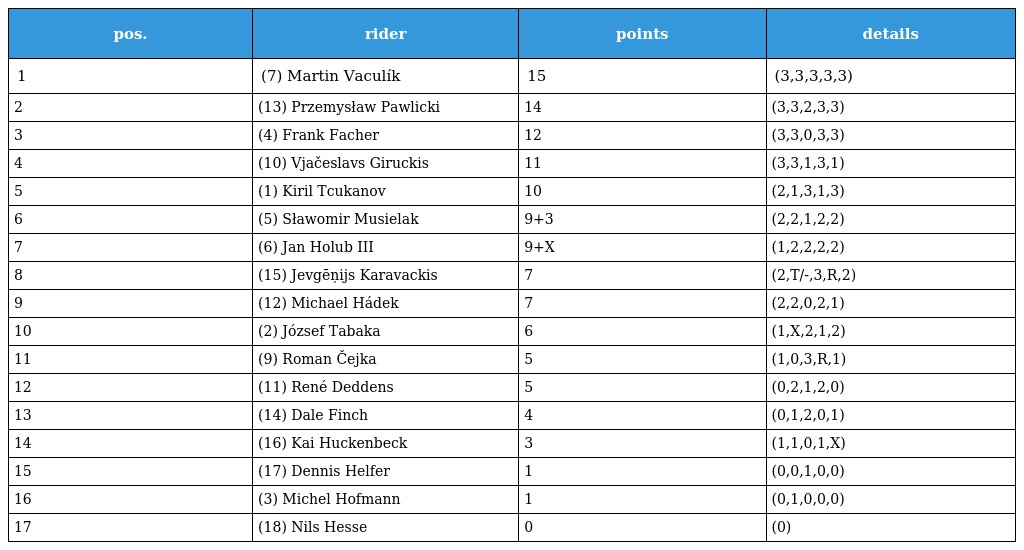
| pos. | rider | points | details |
 | --- | --- | --- | --- |
 | 1 | (7) Martin Vaculík | 15 | (3,3,3,3,3) |
 | 2 | (13) Przemysław Pawlicki | 14 | (3,3,2,3,3) |
 | 3 | (4) Frank Facher | 12 | (3,3,0,3,3) |
 | 4 | (10) Vjačeslavs Giruckis | 11 | (3,3,1,3,1) |
 | 5 | (1) Kiril Tcukanov | 10 | (2,1,3,1,3) |
 | 6 | (5) Sławomir Musielak | 9+3 | (2,2,1,2,2) |
 | 7 | (6) Jan Holub III | 9+X | (1,2,2,2,2) |
 | 8 | (15) Jevgēņijs Karavackis | 7 | (2,T/-,3,R,2) |
 | 9 | (12) Michael Hádek | 7 | (2,2,0,2,1) |
 | 10 | (2) József Tabaka | 6 | (1,X,2,1,2) |
 | 11 | (9) Roman Čejka | 5 | (1,0,3,R,1) |
 | 12 | (11) René Deddens | 5 | (0,2,1,2,0) |
 | 13 | (14) Dale Finch | 4 | (0,1,2,0,1) |
 | 14 | (16) Kai Huckenbeck | 3 | (1,1,0,1,X) |
 | 15 | (17) Dennis Helfer | 1 | (0,0,1,0,0) |
 | 16 | (3) Michel Hofmann | 1 | (0,1,0,0,0) |
 | 17 | (18) Nils Hesse | 0 | (0) |